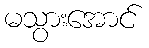
မသွားအောင်